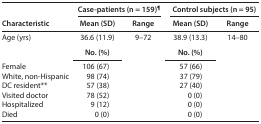
<table><thead><tr><td rowspan="2"><b>Characteristic</b></td><td colspan="2"><b>Case-patients (n = 159)<sup>¶</sup></b></td><td colspan="2"><b>Control subjects (n = 95)</b></td></tr><tr><td><b>Mean (SD)</b></td><td><b>Range</b></td><td><b>Mean (SD)</b></td><td><b>Range</b></td></tr></thead><tbody><tr><td>Age (yrs)</td><td>36.6 (11.9)</td><td rowspan="8">9–72</td><td>38.9 (13.3)</td><td rowspan="8">14–80</td></tr><tr><td rowspan="2">Female</td><td><b>No. (%)</b></td><td><b>No. (%)</b></td></tr><tr><td>106 (67)</td><td>57 (66)</td></tr><tr><td>White, non-Hispanic</td><td>98 (74)</td><td>37 (79)</td></tr><tr><td>DC resident**</td><td>57 (38)</td><td>27 (40)</td></tr><tr><td>Visited doctor</td><td>78 (52)</td><td>0 (0)</td></tr><tr><td>Hospitalized</td><td>9 (12)</td><td>0 (0)</td></tr><tr><td>Died</td><td>0 (0)</td><td>0 (0)</td></tr></tbody></table>